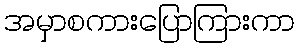
အမှာစကားပြောကြားကာ